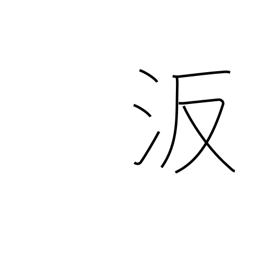
Meaning: proper name